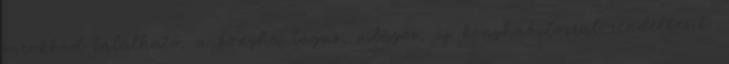
sarokkád található, a konyha tágas, világos, új konyhabútorral rendelkezik.